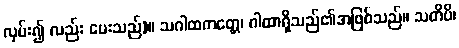
လှမ်း၍ လည်း ပေးသည်)။ သဂါထကတ္တေ၊ ဂါထာရှိသည်၏အဖြစ်သည်။ သတိပိ၊